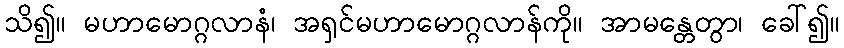
သိ၍။ မဟာမောဂ္ဂလာနံ၊ အရှင်မဟာမောဂ္ဂလာန်ကို။ အာမန္တေတွာ၊ ခေါ်၍။